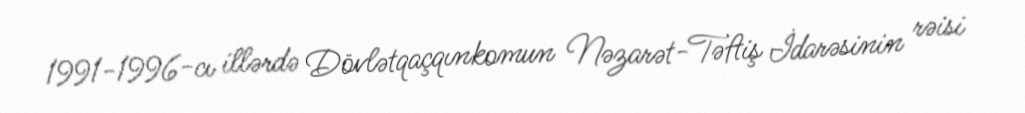
1991-1996-cı illərdə Dövlətqaçqınkomun Nəzarət-Təftiş İdarəsinin rəisi